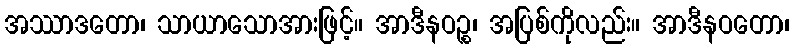
အဿာဒတော၊ သာယာသောအားဖြင့်။ အာဒီနဝဉ္စ၊ အပြစ်ကိုလည်း။ အာဒီနဝတော၊